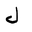
Letter: _lam